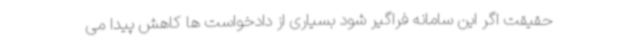
حقیقت اگر این سامانه فراگیر شود بسیاری از دادخواست ها کاهش پیدا می